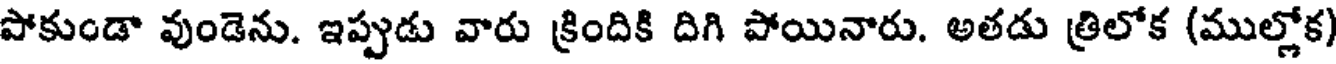
పోకుండా వుండెను. ఇప్పుడు వారు క్రిందికి దిగి పోయినారు. అతడు త్రిలోక (ముల్లోక)